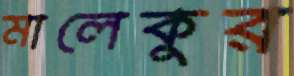
মালেকুর